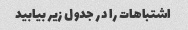
اشتباهات را در جدول زیر بیابید